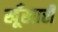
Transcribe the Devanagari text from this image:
खूँखारी